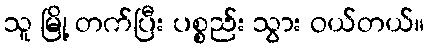
သူ မြို့ တက်ပြီး ပစ္စည်း သွား ဝယ်တယ်။